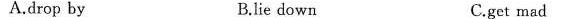
A.drop by B.lie down C.get mad